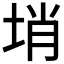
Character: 𡌔